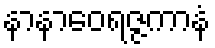
နာနာဝေရဇ္ဇကာနံ